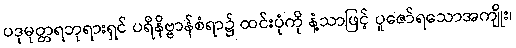
ပဒုမုတ္တရဘုရားရှင် ပရိနိဗ္ဗာန်စံရာ၌ ထင်းပုံကို နံ့သာဖြင့် ပူဇော်ရသောအကျိုး၊